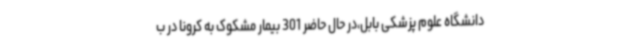
دانشگاه علوم پزشکی بابل،در حال حاضر 301 بیمار مشکوک به کرونا در ب